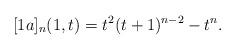
LaTeX: \begin{align*}[1a]_n(1,t) = t^2(t+1)^{n-2} - t^n.\end{align*}